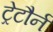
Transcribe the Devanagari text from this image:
ट्रेटौर्न